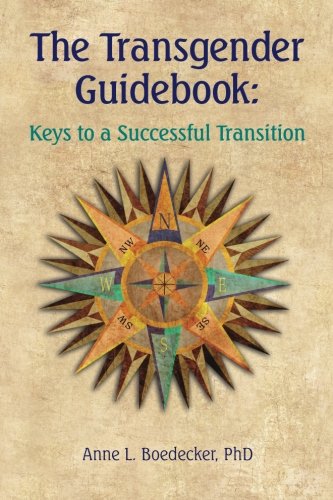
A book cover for The Transgender Guidebook: Keys to a Successful Transition; Anne L Boedecker PhD; Gay & Lesbian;